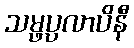
သမ္ဖပ္ပလာပိနီ